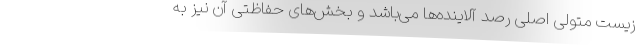
زیست متولی اصلی رصد آلاینده‌ها می‌باشد و بخش‌های حفاظتی آن نیز به